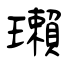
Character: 瓎